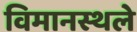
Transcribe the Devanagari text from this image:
विमानस्थले